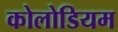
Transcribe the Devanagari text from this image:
कोलोडियम